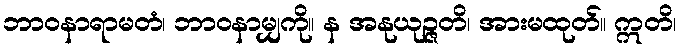
ဘာဝနာရာမတံ၊ ဘာဝနာမျှကို။ န အနုယုဉ္ဇတိ၊ အားမထုတ်။ ဣတိ၊